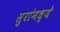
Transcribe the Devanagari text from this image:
सुरांमध्ये